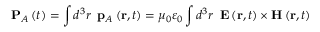
\mathbf { P } _ { A } \left( t \right) = \int d ^ { 3 } r \, \, \, \mathbf { p } _ { A } \left( \mathbf { r } , t \right) = \mu _ { 0 } \varepsilon _ { 0 } \int d ^ { 3 } r \, \, \, \mathbf { E } \left( \mathbf { r } , t \right) \times \mathbf { H } \left( \mathbf { r } , t \right)